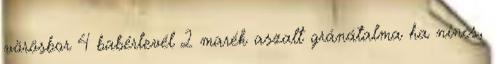
vörösbor 4 babérlevél 2 marék aszalt gránátalma ha nincs,